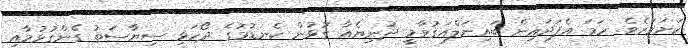
ކަށަވަރެވެ. ހަމަ އެފަދައިން ބައިނަލްއަޤުވާމީ ދުނިޔެއާ ގުޅުން ކެނޑުމުގެ ދޯހަޅި ސިޔާސަތު ގެންގުޅުމާއި